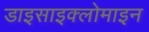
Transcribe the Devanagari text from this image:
डाइसाइक्लोमाइन